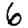
Digit: 6